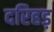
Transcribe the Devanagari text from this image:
दरिहड़